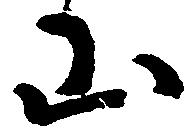
山